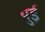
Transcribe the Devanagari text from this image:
युई